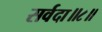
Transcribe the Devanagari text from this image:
सर्वदा॥८॥